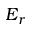
E _ { r }